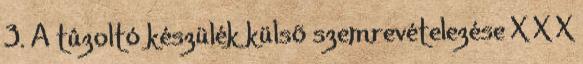
3. A tûzoltó készülék külsõ szemrevételezése X X X